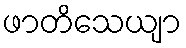
ဖာတိသေယျာ